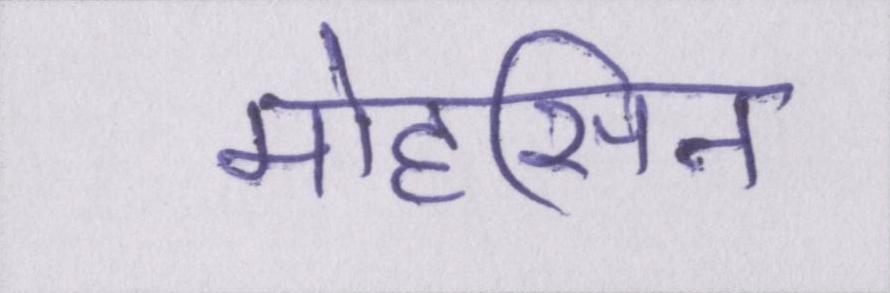
मोहसिन